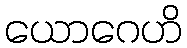
ယောဂေဟိ